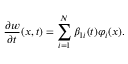
\frac { \partial w } { \partial t } ( x , t ) = \sum _ { i = 1 } ^ { N } \beta _ { 1 i } ( t ) \varphi _ { i } ( x ) .